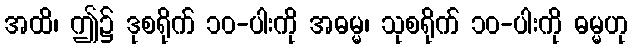
အထိ၊ ဤ၌ ဒုစရိုက် ၁၀-ပါးကို အဓမ္မ၊ သုစရိုက် ၁၀-ပါးကို ဓမ္မဟု